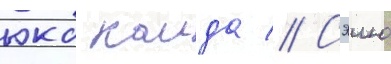
юко каида // Сэию